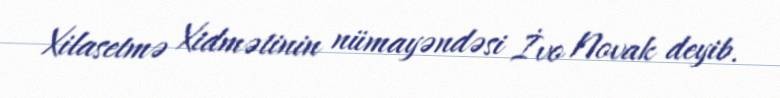
Xilasetmə Xidmətinin nümayəndəsi İvo Novak deyib.